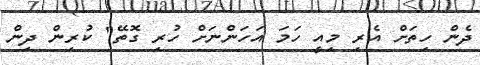
ދެން ހިތަށް އެރި މިއީ ހަމަ އަހަންނަށް ހުރި ގޮތޭ" ކުރިން ދިން